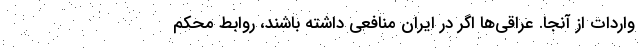
واردات از آنجا. عراقی‌ها اگر در ایران منافعی داشته باشند، روابط محکم